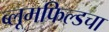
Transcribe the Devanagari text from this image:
ब्लूमफिल्डचा